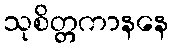
သုစိတ္တကာနနေ